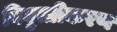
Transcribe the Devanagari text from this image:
विघुत्तीकरण